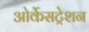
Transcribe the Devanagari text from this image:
ओर्केसट्रेशन